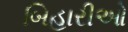
બિહારીઓ